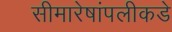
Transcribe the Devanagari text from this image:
सीमारेषांपलीकडे